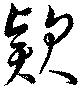
款